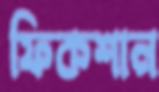
ফিকশান